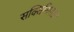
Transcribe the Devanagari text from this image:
सक्सिनिमाइड